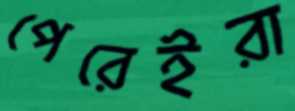
পেরেইরা